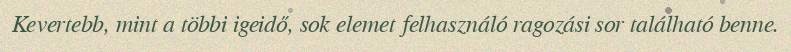
Kevertebb, mint a többi igeidő, sok elemet felhasználó ragozási sor található benne.